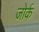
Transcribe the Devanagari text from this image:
जोर्क